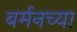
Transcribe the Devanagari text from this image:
बर्मनच्या